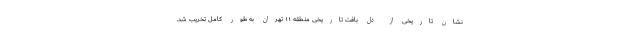
نشان تاریخی از دل بافت تاریخی منطقه ۱۱ تهران به طور کامل تخریب شد.